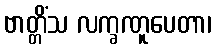
ဗာတ္တိံသ လက္ခဏူပေတာ၊